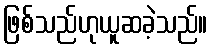
ဖြစ်သည်ဟုယူဆခဲ့သည်။